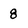
Character: 8